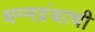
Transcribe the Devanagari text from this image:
धम्मग्रंथाची